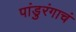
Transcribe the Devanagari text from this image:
पांडुरंगाचं